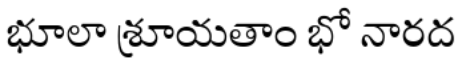
భూలా శ్రూయతాం భో నారద